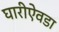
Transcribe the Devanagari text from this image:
घारीऐवडा